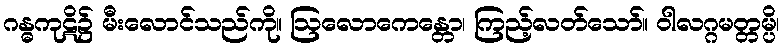
ဂန္ဓကုဋိ၌ မီးလောင်သည်ကို။ ဩလောကေန္တော၊ ကြည့်လတ်သော်။ ဝါလဂ္ဂမတ္တမ္ပိ၊